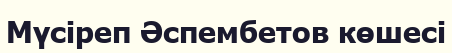
Мүсіреп Әспембетов көшесі